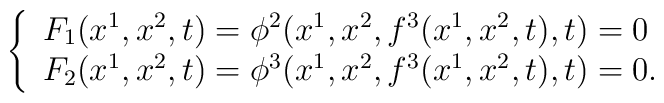
\left\{ \begin{array}{l}F_1(x^1,x^2,t)=\phi ^2(x^1,x^2,f^3(x^1,x^2,t),t)=0 \\ F_2(x^1,x^2,t)=\phi ^3(x^1,x^2,f^3(x^1,x^2,t),t)=0. \end{array}\right.